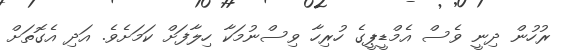
ރުހުން ދިނީ ވެސް އެމްޑީޕީގެ ހުރިހާ ވިސްނުމަކާ ހިލާފަށް ކަމަށެވެ. އަދި އެގޮތަށް